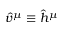
\hat { v } ^ { \mu } \equiv \hat { h } ^ { \mu }